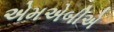
એમએબીએ